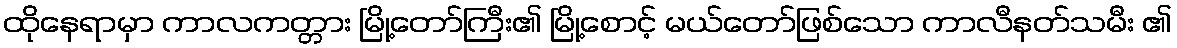
ထိုနေရာမှာ ကာလကတ္တား မြို့တော်ကြီး၏ မြို့စောင့် မယ်တော်ဖြစ်သော ကာလီနတ်သမီး ၏